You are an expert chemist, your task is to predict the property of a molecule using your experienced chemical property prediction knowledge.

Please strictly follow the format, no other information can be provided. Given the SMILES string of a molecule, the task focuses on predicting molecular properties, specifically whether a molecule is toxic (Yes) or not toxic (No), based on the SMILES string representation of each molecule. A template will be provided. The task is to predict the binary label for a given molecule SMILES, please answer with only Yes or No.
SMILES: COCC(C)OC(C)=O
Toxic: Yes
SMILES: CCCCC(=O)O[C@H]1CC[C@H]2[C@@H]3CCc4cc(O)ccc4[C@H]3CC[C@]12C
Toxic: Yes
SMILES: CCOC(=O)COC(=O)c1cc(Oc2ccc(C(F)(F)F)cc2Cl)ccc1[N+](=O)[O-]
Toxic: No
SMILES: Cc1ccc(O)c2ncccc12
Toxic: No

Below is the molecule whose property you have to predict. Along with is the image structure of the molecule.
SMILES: O=C1c2ccccc2C(=O)C1c1ccc2ccccc2n1
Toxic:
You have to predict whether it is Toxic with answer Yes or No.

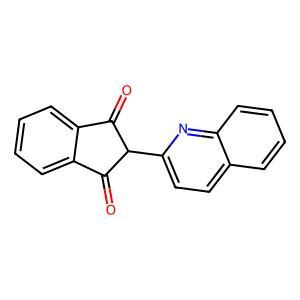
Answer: No